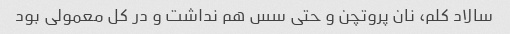
سالاد کلم، نان پروتچن و حتی سس هم نداشت و در کل معمولی بود